Notes on vaccination in the North-West Frontier Province 1923-1928 - 1923-1928
Year: 1923
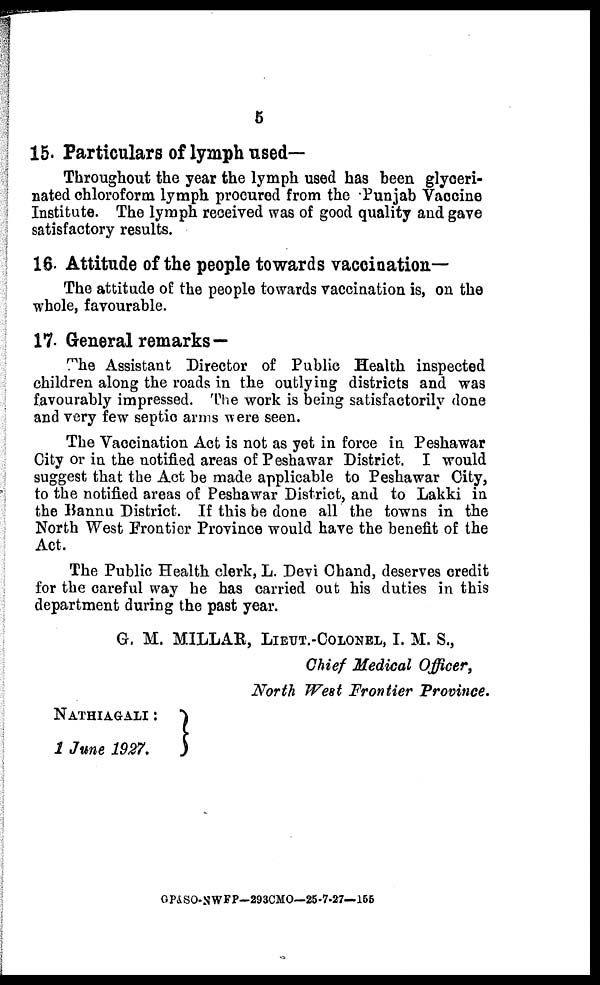
5
15. Particulars of lymph used—
Throughout the year the lymph used has been glyceri-
nated chloroform lymph procured from the Punjab Vaccine
Institute. The lymph received was of good quality and gave
satisfactory results.
16. Attitude of the people towards vaccination—
The attitude of the people towards vaccination is, on the
whole, favourable.
17. General remarks—
The Assistant Director of Public Health inspected
children along the roads in the outlying districts and was
favourably impressed. The work is being satisfactorily done
and very few septic arms were seen.
The Vaccination Act is not as yet in force in Peshawar
City or in the notified areas of Peshawar District. I would
suggest that the Act be made applicable to Peshawar City,
to the notified areas of Peshawar District, and to Lakki in
the Bannu District. If this be done all the towns in the
North West Frontier Province would have the benefit of the
Act.
The Public Health clerk, L. Devi Chand, deserves credit
for the careful way he has carried out his duties in this
department during the past year.
G. M. MILLAR, LIEUT.-COLONEL, I. M. S.,
Chief Medical Officer,
North West Frontier Province.
NATHIAGALI :
1 June 1927.
GP&SO-NWFP—293CMO—25-7-27—155